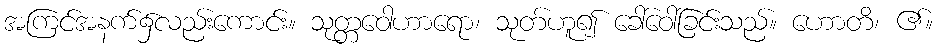
အကြင်အနက်၌လည်းကောင်း။ သုတ္တဝေါဟာရော၊ သုတ်ဟူ၍ ခေါ်ဝေါ်ခြင်းသည်။ ဟောတိ၊ ၏။